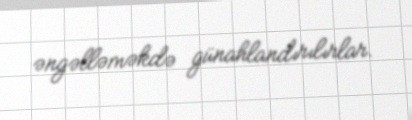
əngəlləməkdə günahlandırılırlar.